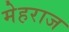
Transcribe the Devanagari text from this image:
मेहराज